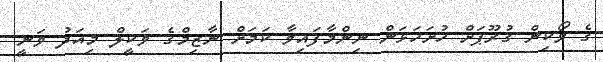
ގެ ވޯކިން ގުރޫޕަށް ހުށަހަޅަން ނިންމާފައިވާ ކަމަށް ނާޒިމްގެ ވަކީލް މިއަދު ވަނީ